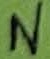
Text: N